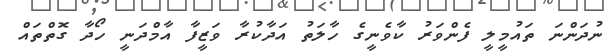
ނުދަންނަ ތައުމީލީ ފެންވަރު ކާވެނީގެ ހާލަތު އަދާކުރާ ވަޒީފާ އާމްދަނީ ހޯދާ ގޮތްތައް